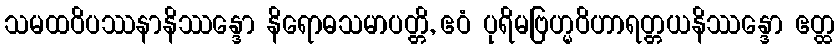
သမထဝိပဿနာနိဿန္ဒော နိရောဓသမာပတ္တိ, ဧဝံ ပုရိမဗြဟ္မဝိဟာရတ္တယနိဿန္ဒော ဧတ္ထ